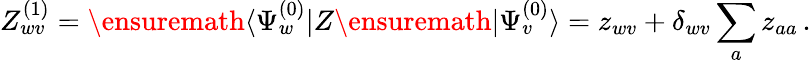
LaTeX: Z_{wv}^{(1)}=\ensuremath{\langle\Psi_{w}^{(0)}|}Z\ensuremath{|\Psi_{v}^{(0)}\rangle}=z_{wv}+\delta_{wv}\sum_{a}z_{aa}\, .